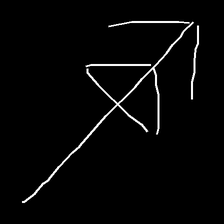
Glyph: pull